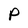
Character: P